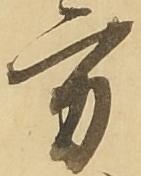
方